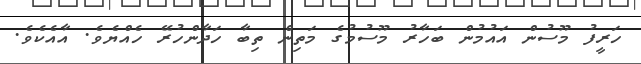
ހަރީފު މޫސުން އައުމުން ބަހާރު މޫސުމުގެ މަތިން ތިބާ ހަދާންހުރޭ ހެއްޔެވެ. އާއެކެވެ.